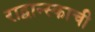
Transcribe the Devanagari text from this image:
राद्वान्स्काची